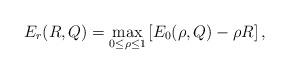
LaTeX: \begin{align*}E_r(R,Q) = \max_{0\le \rho \le 1} \left[E_0(\rho,Q) - \rho R\right],\end{align*}